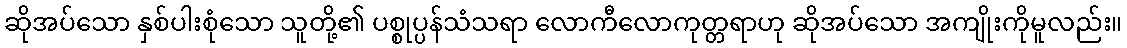
ဆိုအပ်သော နှစ်ပါးစုံသော သူတို့၏ ပစ္စုပ္ပန်သံသရာ လောကီလောကုတ္တရာဟု ဆိုအပ်သော အကျိုးကိုမူလည်း။